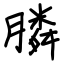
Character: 膦